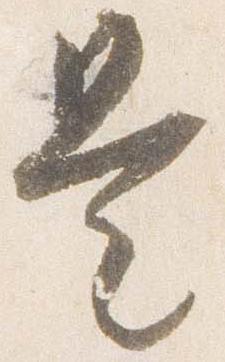
是